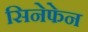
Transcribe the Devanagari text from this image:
सिनेफेन